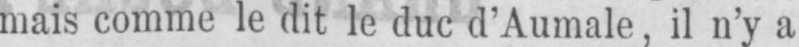
mais comme le dit le duc d’Aumale, il n’y a